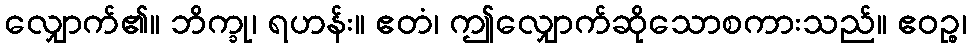
လျှောက်၏။ ဘိက္ခု၊ ရဟန်း။ ဧတံ၊ ဤလျှောက်ဆိုသောစကားသည်။ ဧဝဉ္စ၊